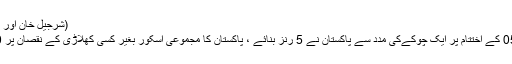
(شرجیل خان اور احمد شہزاد)
اوور نمبر 05 کے اختتام پر ایک چوکےکی مدد سے پاکستان نے 5 رنز بنائے ، پاکستان کا مجموعی اسکور بغیر کسی کھلاڑی کے نقصان پر 24/0 ہوگیا۔